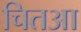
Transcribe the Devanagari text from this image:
चितआ